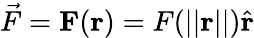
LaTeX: {\vec{F}}=\mathbf{F}(\mathbf{r})=F(||\mathbf{r}||){\hat{\mathbf{r}}}